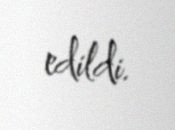
edildi.